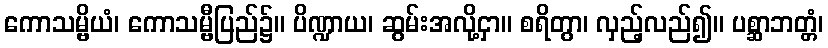
ကောသမ္ဗိယံ၊ ကောသမ္ဗီပြည်၌။ ပိဏ္ဍာယ၊ ဆွမ်းအလို့ငှာ။ စရိတွာ၊ လှည့်လည်၍။ ပစ္ဆာဘတ္တံ၊